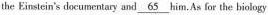
the Einstein's documentary and \underline{65} him.As for the biology